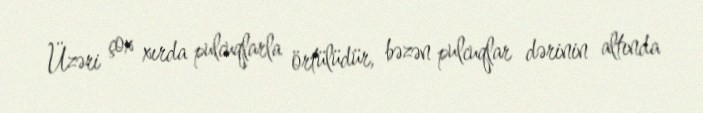
Üzəri çox xırda pulcuqlarla örtülüdür, bəzən pulcuqlar dərinin altında